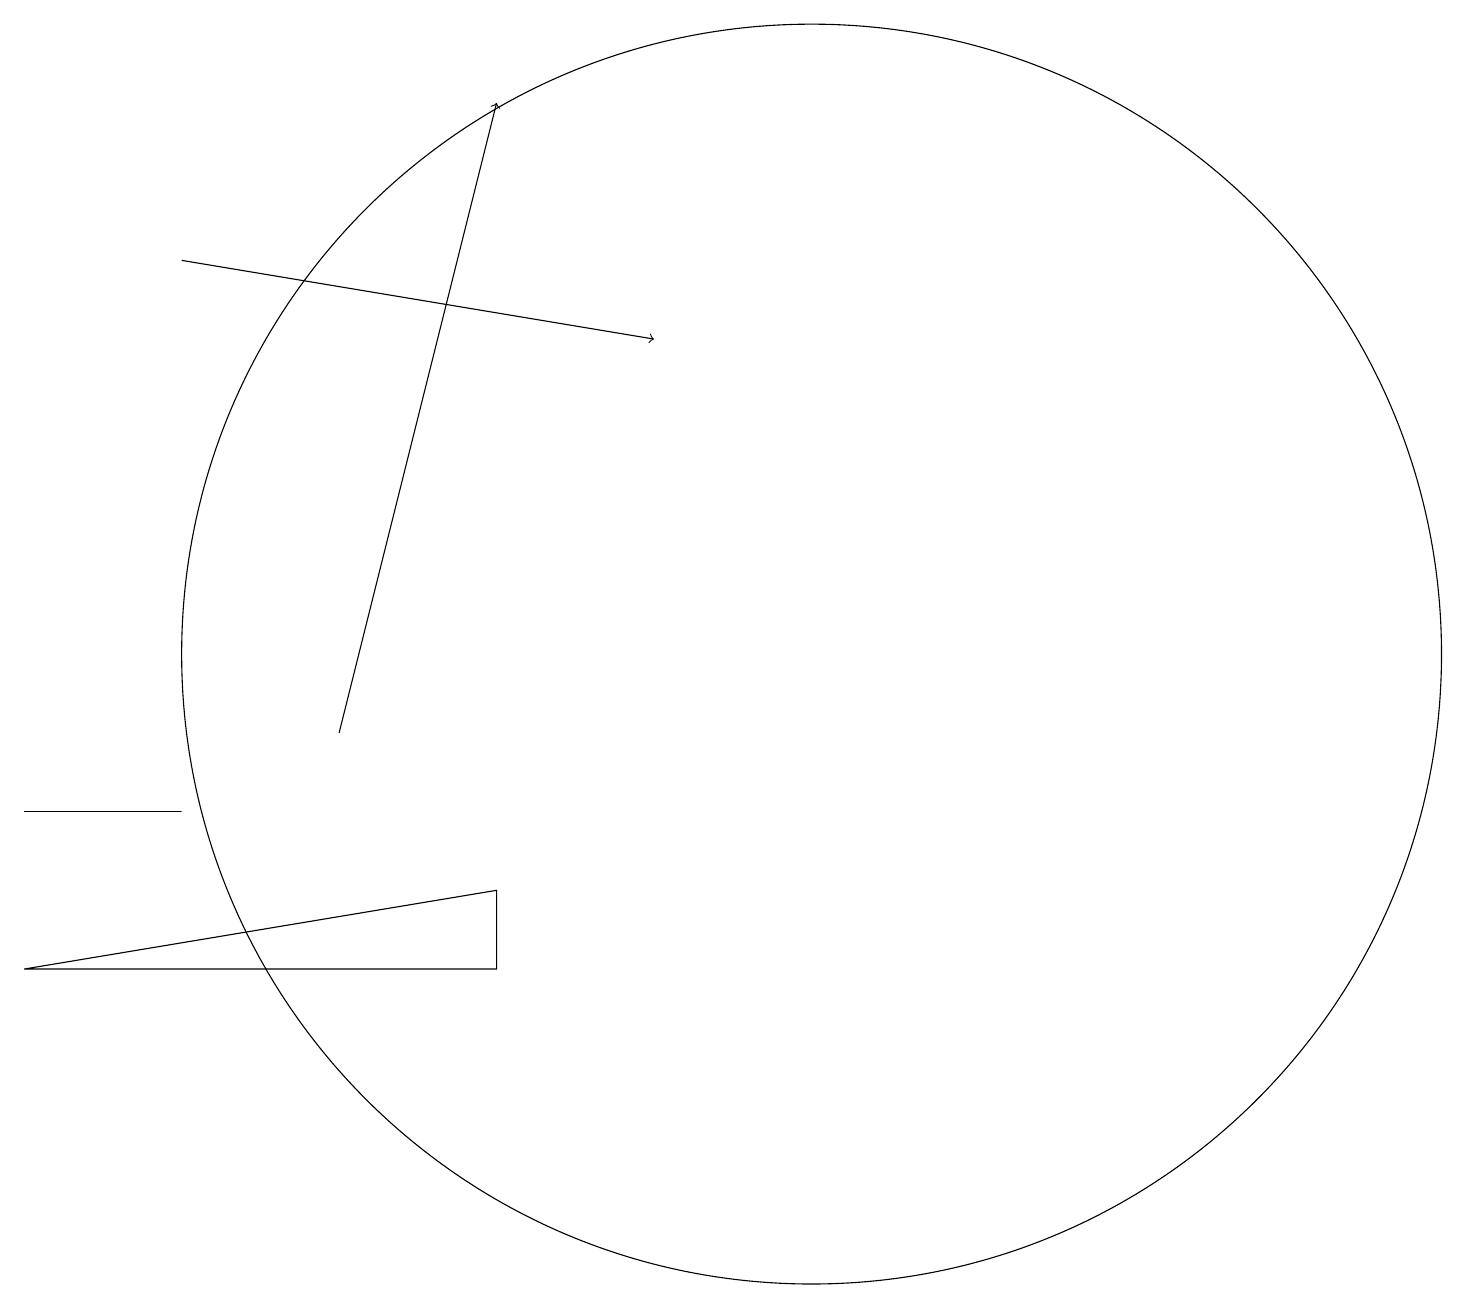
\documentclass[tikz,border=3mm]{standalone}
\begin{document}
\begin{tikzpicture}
\draw (10,12) circle (8);
\draw (2,10) rectangle (0,10);
\draw[->] (4,11) -- (6,19);
\draw (0,8) -- (6,8) -- (6,9) -- cycle;
\draw[->] (2,17) -- (8,16);
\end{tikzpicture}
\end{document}